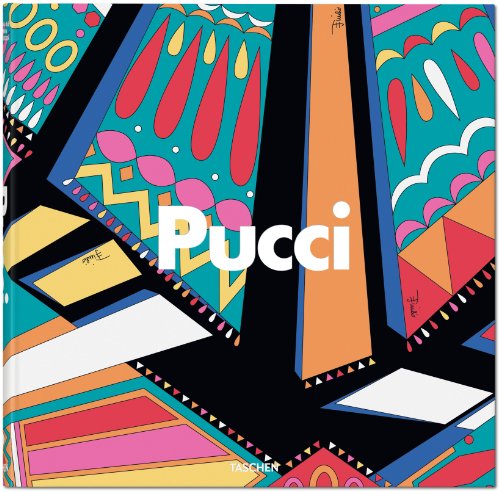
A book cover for Emilio Pucci; Vanessa Friedman; Arts & Photography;